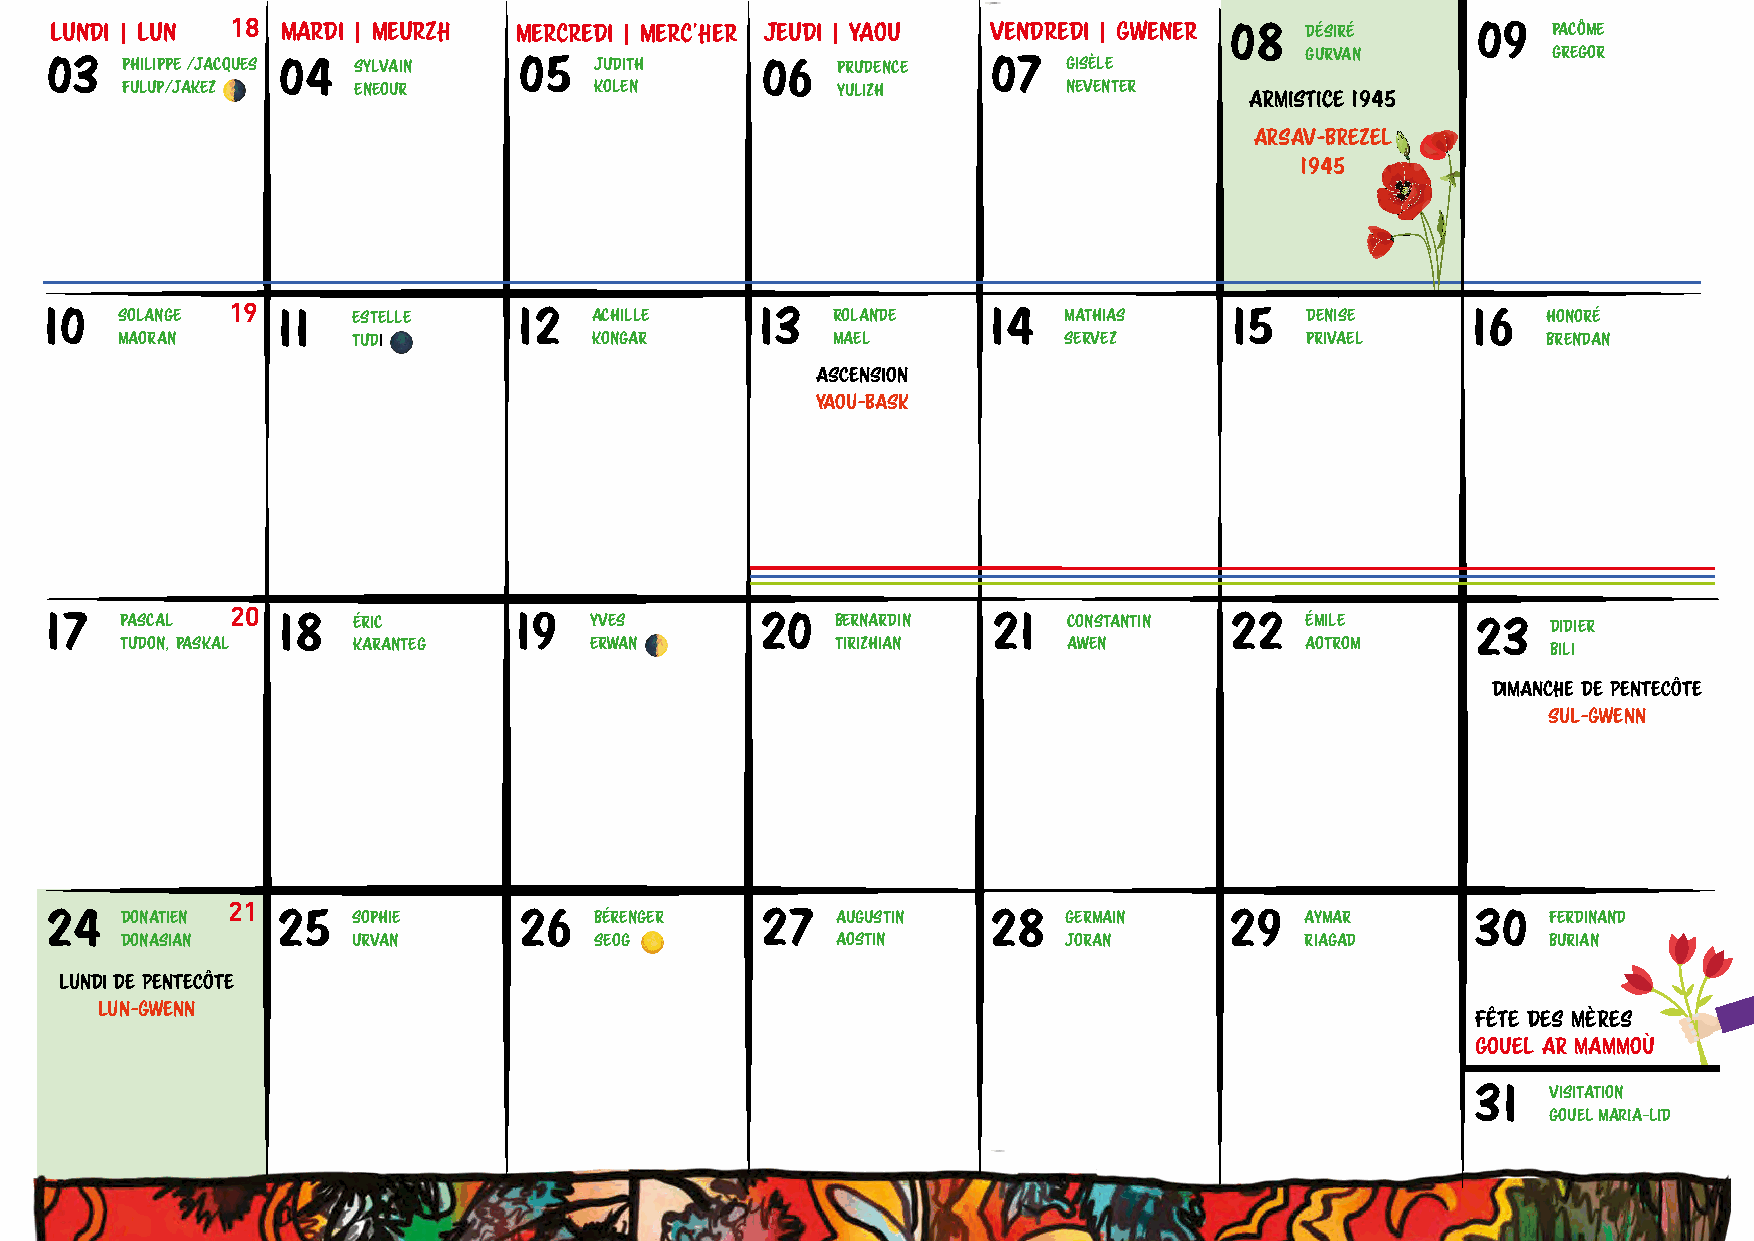
18
 Lundi | Lun     Mardi | Meurzh Mercredi | Merc'her Jeudi | Yaou Vendredi | Gwener 08 DÉSIRÉ    09   PACÔME
 GURVAN           GREGOR
 03   PHILIPPE /JACQUES 04 SYLVAIN 05 JUDITH    06   PRUDENCE   07   GISÈLE
 FULUP/JAKEZ 🌗  ENEOUR          KOLEN           YULIZH          NEVENTER
 ARMISTICE 1945
 ARSAV-BREZEL
 1945
 10   SOLANGE
 19
 11   ESTELLE    12   ACHILLE    13   ROLANDE   14   MATHIAS    15   DENISE     16   HONORÉ
 MAORAN         TUDI 🌑          KONGAR          MAEL           SERVEZ          PRIVAEL         BRENDAN
 ASCENSION
 YAOU-BASK
 20
 17   PASCAL    18   ÉRIC       19   YVES       20   BERNARDIN  21   CONSTANTIN 22  ÉMILE       23   DIDIER
 TUDON, PASKAL  KARANTEG        ERWAN 🌓         TIRIZHIAN       AWEN           AOTROM           BILI
 DIManche DE PENTECÔTE
 SUL-GWENN
 21
 24   DONATIEN  25   SOPHIE     26   BÉRENGER   27   AUGUSTIN   28   GERMAIN   29   AYMAR       30   FERDINAND
 DONASIAN       URVAN           SEOG 🌕          AOSTIN          JORAN          RIAGAD           BURIAN
 LUNDI DE PENTECÔTE
 LUN-GWENN
 FÊTE DES MÈRES
 GOUEL AR MAMMOÙ
 31   VISITATION
 Gouel Maria-lid